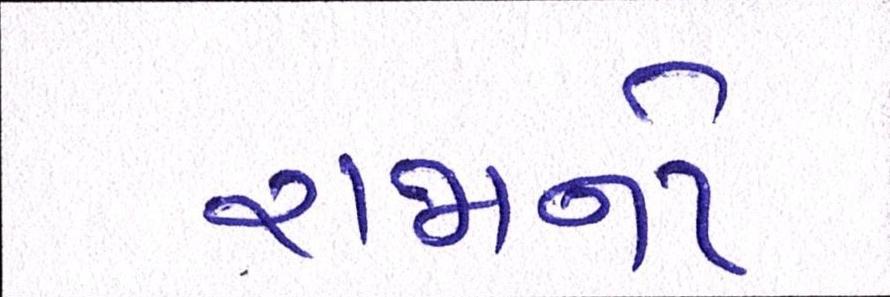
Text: રાજાનો